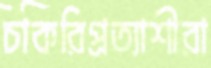
চাকরিপ্রত্যাশীরা